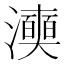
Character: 𭳞